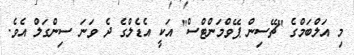
މި އަލްބަމްގެ "ޗޭސިން ޕޭވްމަންޓްސް" އަކީ އެޑެލްގެ ދެ ވަނަ ސިންގަލް އެވެ.